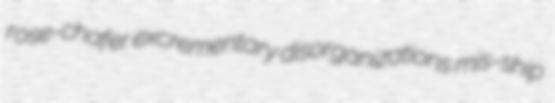
rose-chafer excrementary disorganizations mis-ship